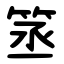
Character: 䇰